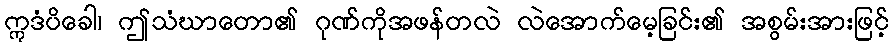
ဣဒံပိခေါ၊ ဤသံဃာတော၏ ဂုဏ်ကိုအဖန်တလဲ လဲအောက်မေ့ခြင်း၏ အစွမ်းအားဖြင့်